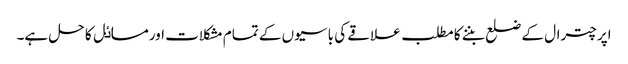
اپر چترال کے ضلع بننے کا مطلب علاقے کی باسیوں کے تمام مشکلات اورمساٸل کا حل ہے۔